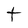
Character: t